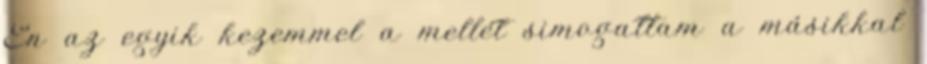
Én az egyik kezemmel a mellét simogattam a másikkal